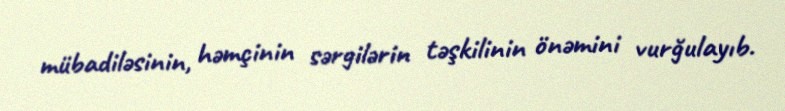
mübadiləsinin, həmçinin sərgilərin təşkilinin önəmini vurğulayıb.